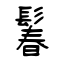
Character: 鬊